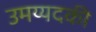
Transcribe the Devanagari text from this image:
उमय्यदकी